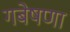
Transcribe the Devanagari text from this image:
गबेषणा